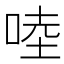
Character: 𠵕